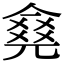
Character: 𠎛